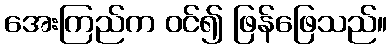
အေးကြည်က ဝင်၍ ဖြန်ဖြေသည်။